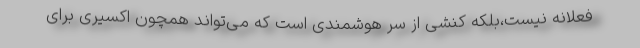
فعلانه نیست،بلکه کنشی از سر هوشمندی است که می‌تواند همچون اکسیری برای